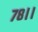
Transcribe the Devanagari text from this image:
७८।।